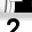
Digit: 2